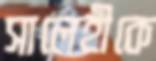
সালেহীকে